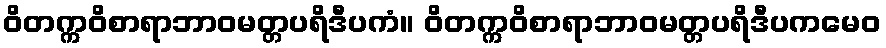
ဝိတက္ကဝိစာရာဘာဝမတ္တပရိဒီပကံ။ ဝိတက္ကဝိစာရာဘာဝမတ္တပရိဒီပကမေဝ